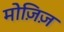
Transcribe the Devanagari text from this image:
मोज़िज़